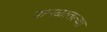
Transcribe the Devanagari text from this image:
कमळातल्या